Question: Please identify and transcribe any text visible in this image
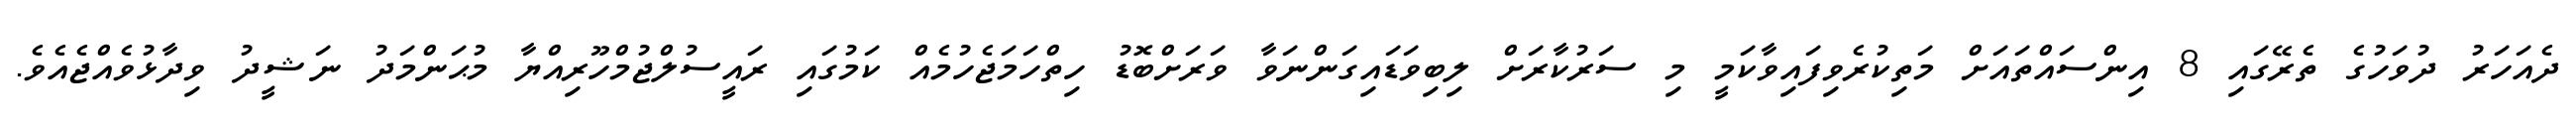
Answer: ދެއަހަރު ދުވަހުގެ ތެރޭގައި 8 އިންސައްތައަށް މަތިކުރެވިފައިވާކަމީ މި ސަރުކާރަށް ލިބިވަޑައިގަންނަވާ ވަރަށްބޮޑު ހިތްހަމަޖެހުމެއް ކަމުގައި ރައީސުލްޖުމްހޫރިއްޔާ މުޙަންމަދު ނަޝީދު ވިދާޅުވެއްޖެއެވެ.